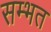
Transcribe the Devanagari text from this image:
सम्भत